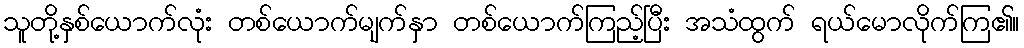
သူတို့နှစ်ယောက်လုံး တစ်ယောက်မျက်နှာ တစ်ယောက်ကြည့်ပြီး အသံထွက် ရယ်မောလိုက်ကြ၏။